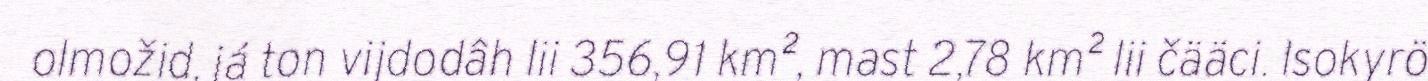
olmožid, já ton vijdodâh lii 356,91 km², mast 2,78 km² lii čääci. Isokyrö